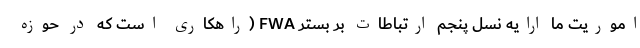
اموریت ما ارایه نسل پنجم ارتباطات بر بستر FWA (راهکاری است که در حوزه